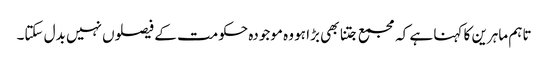
تاہم ماہرین کا کہنا ہے کہ مجمع جتنا بھی بڑا ہو وہ موجودہ حکومت کے فیصلوں نہیں بدل سکتا۔